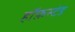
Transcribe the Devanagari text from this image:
हॉफ़स्टेड